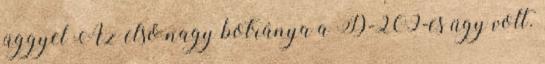
üggyel Az első nagy botránya a D-209-es ügy volt.